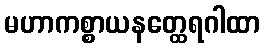
မဟာကစ္စာယနတ္ထေရဂါထာ